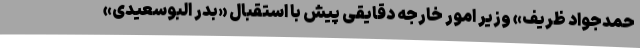
حمدجواد ظریف» وزیر امور خارجه دقایقی پیش با استقبال «بدر البوسعیدی»